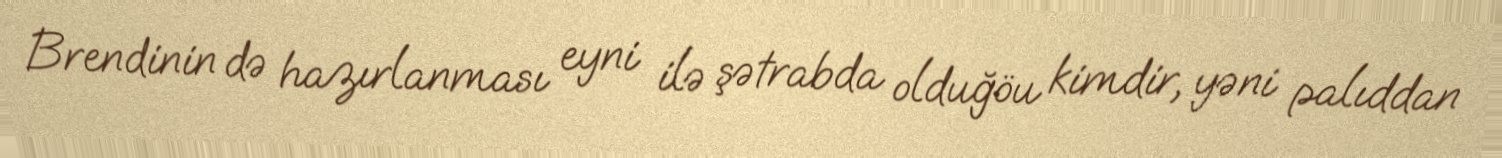
Brendinin də hazırlanması eyni ilə şətrabda olduğöu kimdir, yəni palıddan